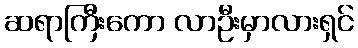
ဆရာကြီးကော လာဦးမှာလားရှင်